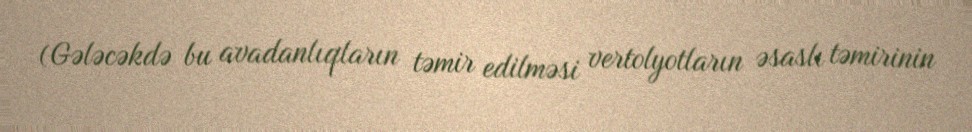
(Gələcəkdə bu avadanlıqların təmir edilməsi vertolyotların əsaslı təmirinin